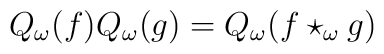
Q_{\omega }(f)Q_{\omega }(g)=Q_{\omega }(f\star _{\omega }g)